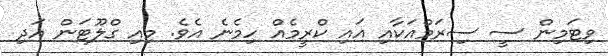
ވިޓަމިން ސީ ސިރަމްއަކާއި އައި ކްރީމެއް ހިމެނެ އެވެ. މިއި ގްލޫޓަން އަދި